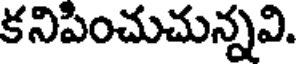
కనిపించుచున్నవి.